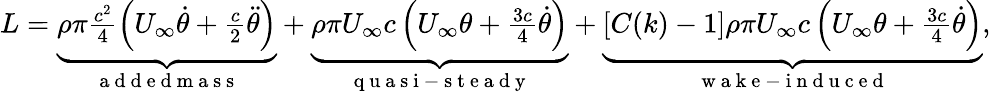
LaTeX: \begin{array}{r}{L=\underbrace{\rho\pi\frac{c^{2}}{4}\left(U_{\infty}\dot{\theta}+\frac{c}{2}\ddot{\theta}\right)}_{\mathrm{~a~d~d~e~d~m~a~s~s~}}+\underbrace{\rho\pi U_{\infty}c\left(U_{\infty}\theta+\frac{3c}{4}\dot{\theta}\right)}_{\mathrm{~q~u~a~s~i~-~s~t~e~a~d~y~}}+\underbrace{\left[C(k)-1\right]\rho\pi U_{\infty}c\left(U_{\infty}\theta+\frac{3c}{4}\dot{\theta}\right)}_{\mathrm{~w~a~k~e~-~i~n~d~u~c~e~d~}},}\end{array}